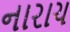
નારાચ